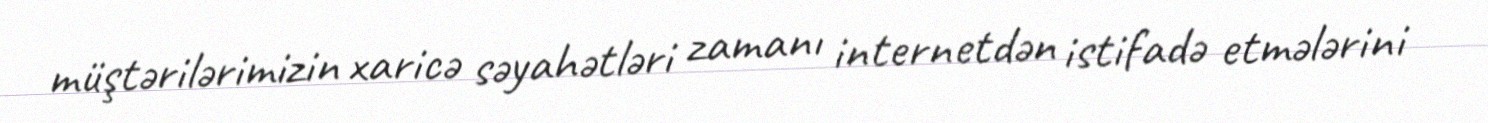
müştərilərimizin xaricə səyahətləri zamanı internetdən istifadə etmələrini